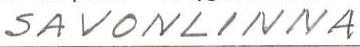
SAVONLINNA